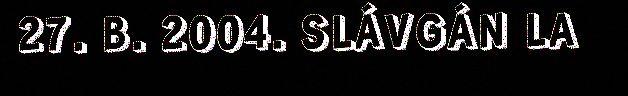
27. B. 2004. SLÁVGÁN LA